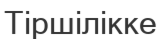
Тіршілікке